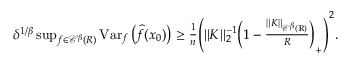
\begin{array} { r } { \delta ^ { 1 / \beta } \operatorname* { s u p } _ { f \in { \mathscr C } ^ { \beta } ( R ) } \operatorname { V a r } _ { f } \big ( \widehat f ( x _ { 0 } ) \big ) \geq \frac 1 n \Bigg ( \| K \| _ { 2 } ^ { - 1 } \bigg ( 1 - \frac { \| K \| _ { { \mathscr C } ^ { \beta } ( { \mathbb R } ) } } { R } \bigg ) _ { + } \Bigg ) ^ { 2 } . } \end{array}